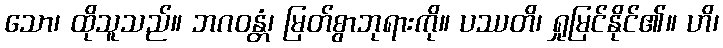
သော၊ ထိုသူသည်။ ဘဂဝန္တံ၊ မြတ်စွာဘုရားကို။ ပဿတိ၊ ရှုမြင်နိုင်၏။ ဟိ၊